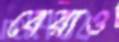
বেরাও